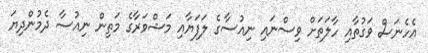
އެހެނަސް ވަގުތާއި ހާލަތަށް ވިސްނައި ނިއުސާގެ ލަފަޔާއި މަޝްވަރާގެ މަތިން ނިއުސާ ދެމުންދިޔަ